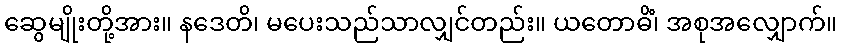
ဆွေမျိုးတို့အား။ နဒေတိ၊ မပေးသည်သာလျှင်တည်း။ ယတောဓိံ၊ အစုအလျှောက်။